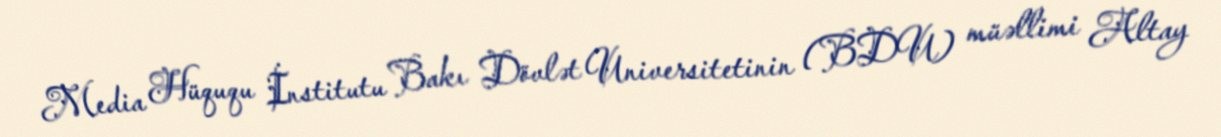
Media Hüququ İnstitutu Bakı Dövlət Universitetinin (BDU) müəllimi Altay